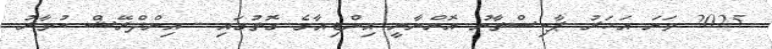
2025 ވަނަ އަހަރު ޕާކިސްތާނު އޮންނާނީ އިންޑިއާގެ ގޮތުގައި - އިންދްރޭޝް ކުމާރު